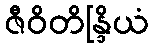
ဇီဝိတိန္ဒြိယံ